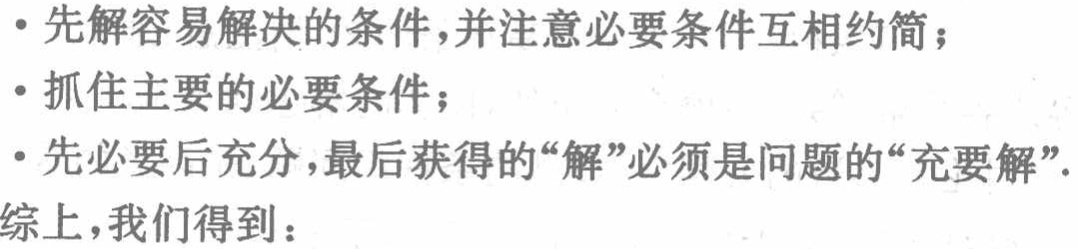
- 先解容易解决的条件，并注意必要条件互相约简；

- 抓住主要的必要条件；

- 先必要后充分，最后获得的“解”必须是问题的“充要解”.

综上，我们得到：